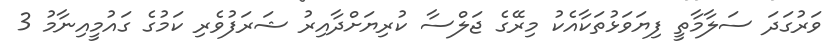
ވަރުގަދަ ސަލާމާތީ ފިޔަވަޅުތަކާއެކު މިރޭގެ ޖަލްސާ ކުރިޔަށްދާއިރު ޝަރަފުވެރި ކަމުގެ ގައުމީއިނާމު 3